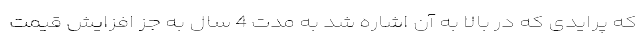
که پرایدی که در بالا به آن اشاره شد به مدت 4 سال به جز افزایش قیمت‌